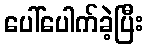
ပေါ်ပေါက်ခဲ့ပြီး